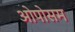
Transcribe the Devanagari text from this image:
ओपोसम